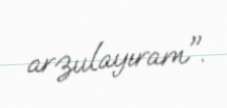
arzulayıram".